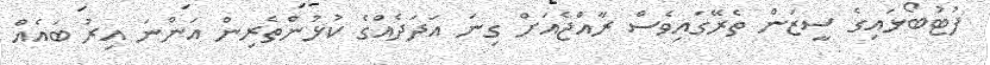
ފުޓުބޯޅައިގެ ސީޒަން ތެރޭގައިިވެސް ރާއްޖެއަށް ގިނަ އަދަދެއްގެ ކުޅުންތެރިން އަންނަ އިރު ބައެއް